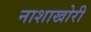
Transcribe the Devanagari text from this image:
नाशाखोरी